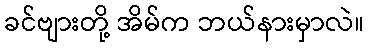
ခင်ဗျားတို့ အိမ်က ဘယ်နားမှာလဲ။